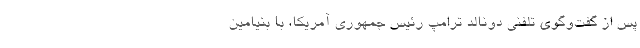
پس از گفت‌وگوی تلفنی دونالد ترامپ رئیس جمهوری آمریکا، با بنیامین